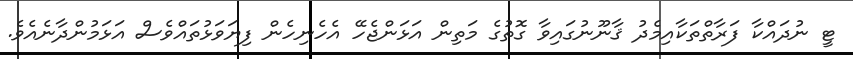
ޓީ ނުދައްކާ ފަރާތްތަކާއިމެދު ޤާނޫނުގައިވާ ގޮތުގެ މަތިން އަޅަންޖެހޭ އެހެނިހެން ފިޔަވަޅުތައްވެސް އަޅަމުންދާނެއެވެ.